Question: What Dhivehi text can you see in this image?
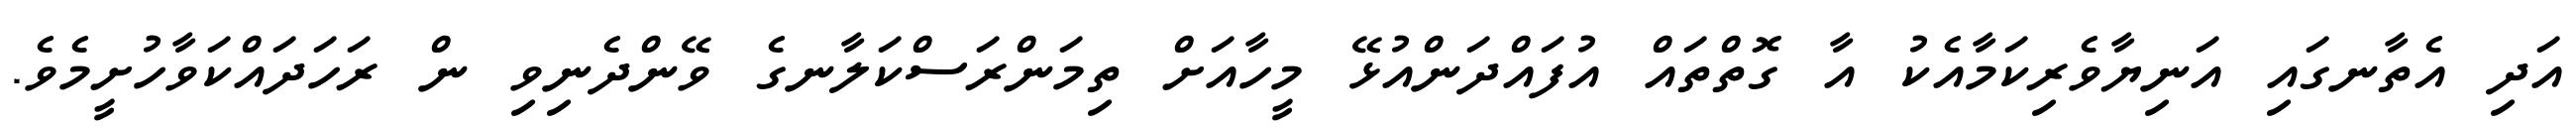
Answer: އަދި އެތާނގައި އަނިޔާވެރިކަމާއެކު އާ ގޮތްތައް އުފައްދަންއުޅޭ މީހާއަށް ތިމަންރަސްކަލާނގެ ވޭންދެނިވި ން ރަހަދައްކަވާހުށީމެވެ.